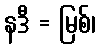
နဒီ = မြစ်၊